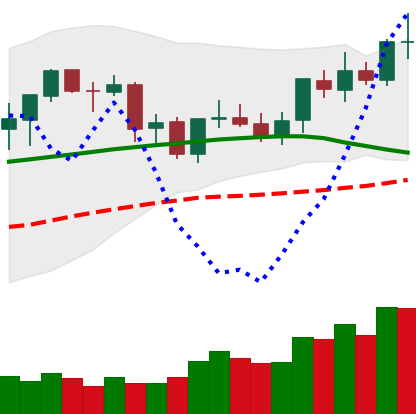
Ticker: ETC-USD
Chart end date: 2021-09-06
Forward return: -22.349%
Label: down_7plus